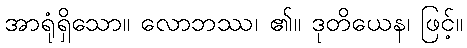
အာရုံရှိသော။ လောဘဿ၊ ၏။ ဒုတိယေန၊ ဖြင့်။